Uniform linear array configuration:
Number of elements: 24
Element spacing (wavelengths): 0.5
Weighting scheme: hann
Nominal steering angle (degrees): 30
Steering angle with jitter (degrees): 28.495
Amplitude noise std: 0.05
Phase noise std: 0.05

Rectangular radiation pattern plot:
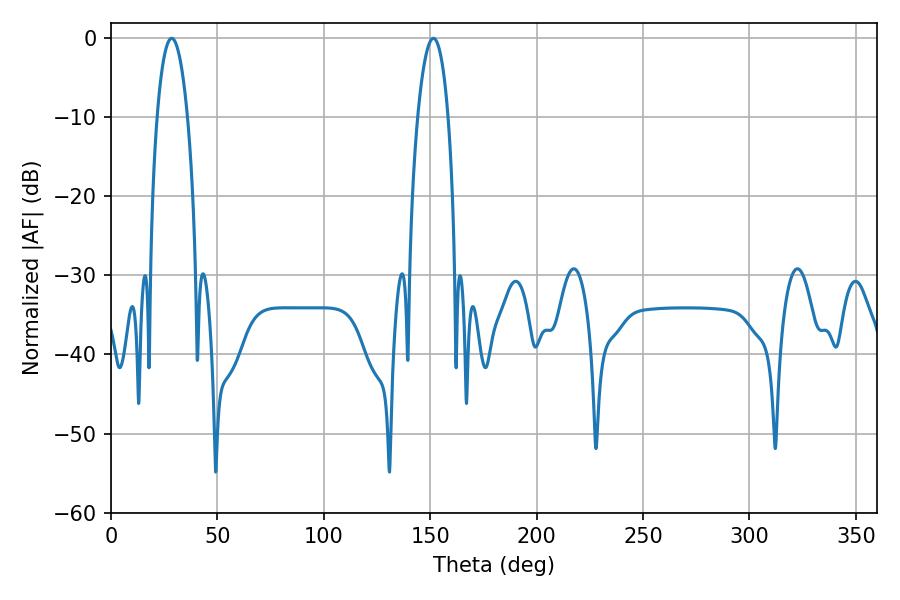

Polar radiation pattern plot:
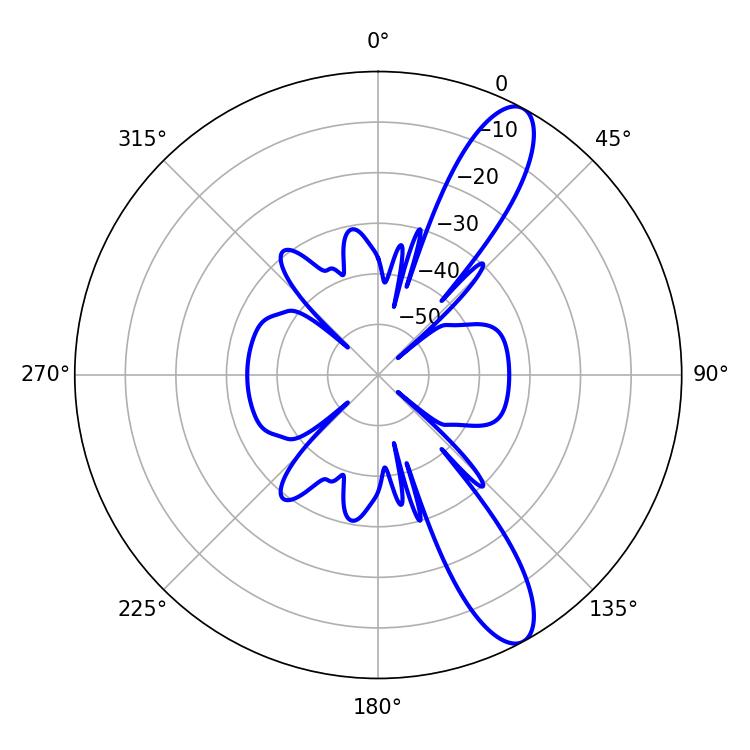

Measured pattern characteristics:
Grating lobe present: FALSE
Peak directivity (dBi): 11.486
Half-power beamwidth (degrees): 7.92
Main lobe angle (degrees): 28.44